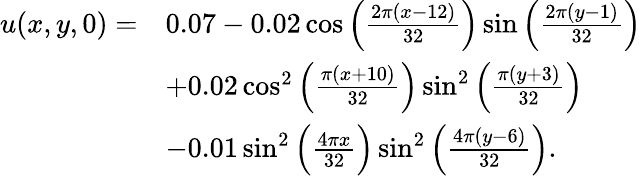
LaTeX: \begin{array}{rl}{u(x,y,0)=}&{0.07-0.02\cos\Big(\frac{2\pi(x-12)}{32}\Big)\sin\Big(\frac{2\pi(y-1)}{32}\Big)}\\ &{+0.02\cos^{2}\Big(\frac{\pi(x+10)}{32}\Big)\sin^{2}\Big(\frac{\pi(y+3)}{32}\Big)}\\ &{-0.01\sin^{2}\Big(\frac{4\pi x}{32}\Big)\sin^{2}\Big(\frac{4\pi(y-6)}{32}\Big).}\end{array}